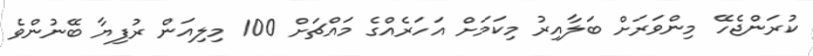
ކުރަންޖެހޭ މިންވަރަށް ބަލާއިރު މިކަމަށް އަހަރެއްގެ މައްޗަށް 100 މިލިއަން ރުފިޔާ ބޭނުންވެ